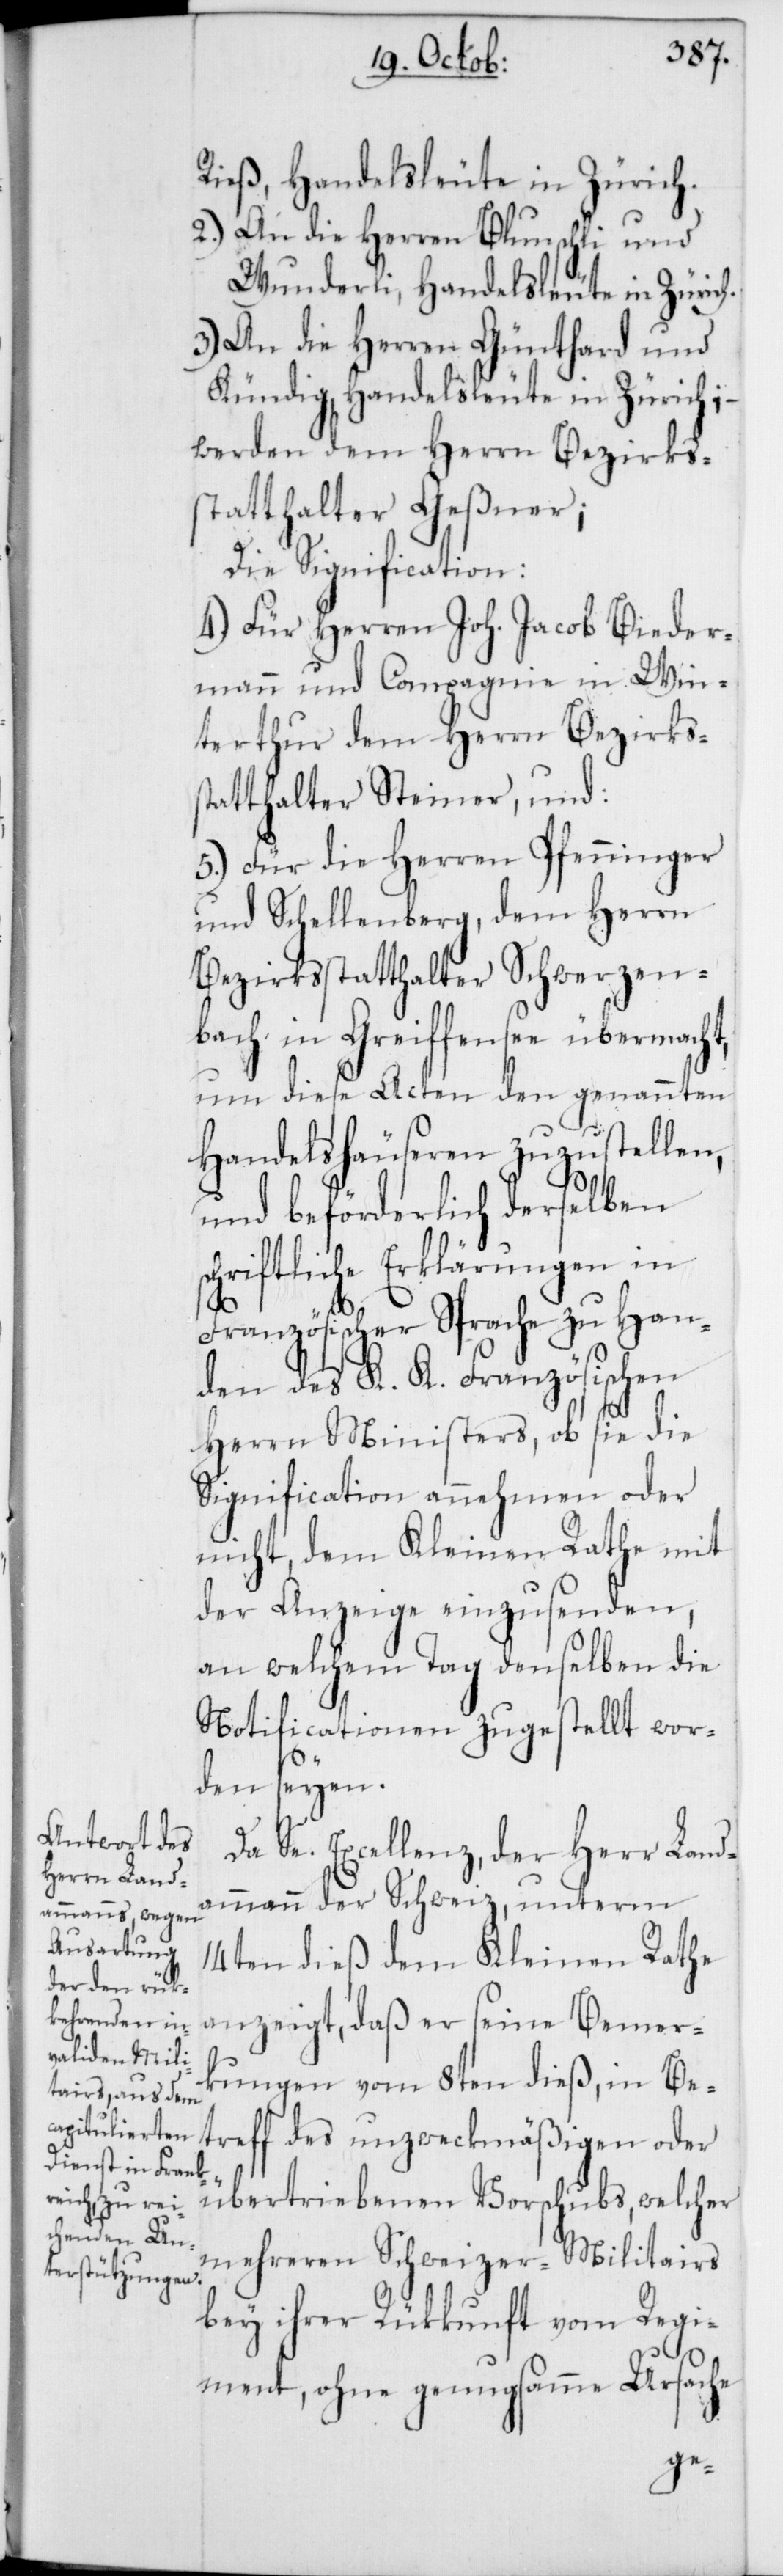
Rieß, Handelsleute in Zürich.
2.) An die Herren Blunschli und
Wunderli, Handelsleute in Zürich.
3.) An die Herren Günthard und
Kündig, Handelsleute in Zürich;
werden dem Herrn Bezirks¬
statthalter Geßner;
Die Signification:
4.) Für Herren Joh. Jacob Bieder¬
mann und Compagnie in Win¬
terthur dem Herrn Bezirks¬
statthalter Steiner, und:
5.) Für die Herren Pfenninger
und Schellenberg, dem Herrn
Bezirksstatthalter Schwerzen¬
bach in Greiffensee übermacht,
um diese Acten den genannten
Handelshäuseren zuzustellen,
und beförderlich derselben
chriftliche Erklärungen in
Französischer Sprache zu Han¬
den des K. K. Französischen
Herrn Ministers, ob sie die
Signification annehmen oder
nicht, dem Kleinen Rathe mit
der Anzeige einzusenden,
an welchem Tag denselben die
Notificationen zugestellt wor¬
den seyen.
Da Se. Excellenz, der Herr Land¬
ammann der Schweiz, unterm
14ten dieß dem Kleinen Rathe
anzeigt, daß er seine Bemer¬
kungen vom 8ten dieß, in Be¬
treff des unzweckmäßigen oder
s¬
übertriebenen Vorschubs, welcher
mehreren Schweizer-Militairs
bey ihrer Rükkunft vom Regi¬
ment, ohne genugsamme Ursache